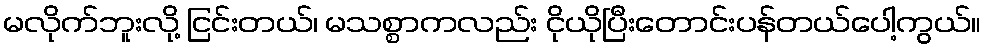
မလိုက်ဘူးလို့ ငြင်းတယ်၊ မသစ္စာကလည်း ငိုယိုပြီးတောင်းပန်တယ်ပေါ့ကွယ်။